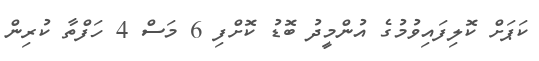
ކަޕަށް ކޮލިފައިވުމުގެ އުންމީދު ބޮޑު ކޮށްފި 6 މަސް 4 ހަފްތާ ކުރިން